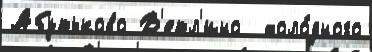
Абутьково В'етл'ино  холо́дного